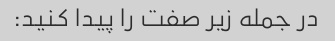
در جمله زیر صفت را پیدا کنید: